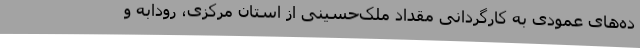
ده‌های عمودی به کارگردانی مقداد ملک‌حسینی از استان مرکزی، رودابه و